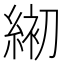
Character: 𦁅